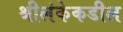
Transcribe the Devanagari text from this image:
श्रीलंकेकडील